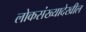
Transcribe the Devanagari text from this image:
लोकसंख्यादेखील